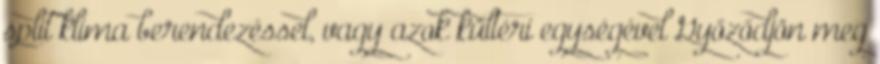
split klíma berendezéssel, vagy azok kültéri egységével Győződjön meg